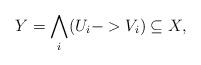
LaTeX: \begin{align*}Y = \bigwedge_i (U_i -> V_i) \subseteq X,\end{align*}